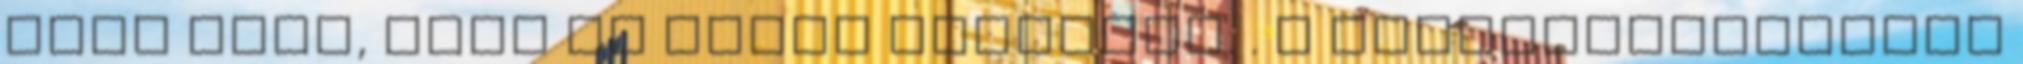
neki adni, vagy el tudom juttatni. . A legkülönlegesebb